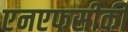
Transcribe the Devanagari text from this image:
एनएफसीकी